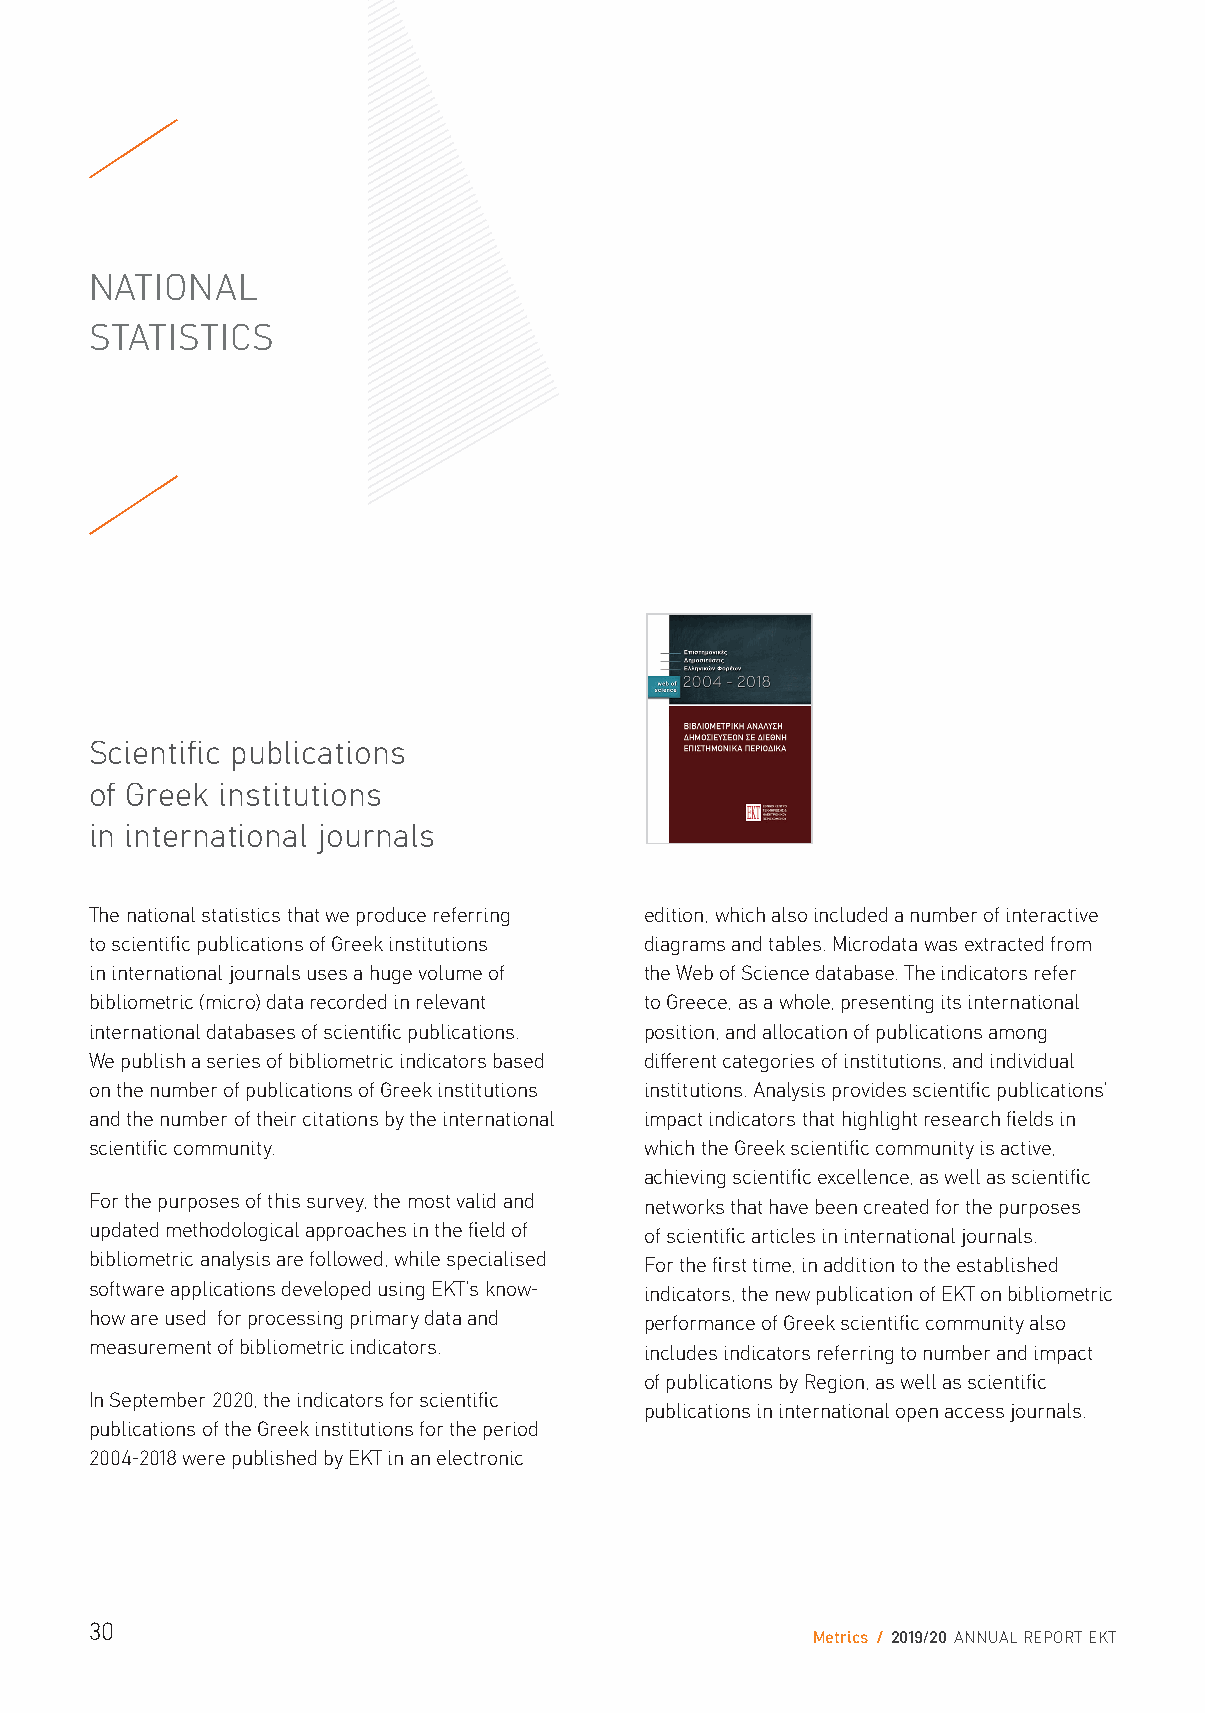
NATIONAL
 STATISTICS
 Scientific publications
 of Greek institutions
 in international journals
 The national statistics that we produce referring edition, which also included a number of interactive
 to scientific publications of Greek institutions diagrams and tables. Microdata was extracted from
 in international journals uses a huge volume of the Web of Science database. The indicators refer
 bibliometric (micro) data recorded in relevant to Greece, as a whole, presenting its international
 international databases of scientific publications. position, and allocation of publications among
 We publish a series of bibliometric indicators based different categories of institutions, and individual
 on the number of publications of Greek institutions institutions. Analysis provides scientific publications’
 and the number of their citations by the international impact indicators that highlight research fields in
 scientific community.                which the Greek scientific community is active,
 achieving scientific excellence, as well as scientific
 For the purposes of this survey, the most valid and networks that have been created for the purposes
 updated methodological approaches in the field of of scientific articles in international journals.
 bibliometric analysis are followed, while specialised For the first time, in addition to the established
 software applications developed using EKT’s know- indicators, the new publication of EKT on bibliometric
 how are used for processing primary data and performance of Greek scientific community also
 measurement of bibliometric indicators. includes indicators referring to number and impact
 of publications by Region, as well as scientific
 In September 2020, the indicators for scientific
 publications in international open access journals.
 publications of the Greek institutions for the period
 2004-2018 were published by EKT in an electronic
 30
 Metrics / 2019/20 ANNUAL REPORT EKT